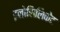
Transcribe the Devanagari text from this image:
इनोसिलिकेट